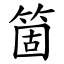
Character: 箇